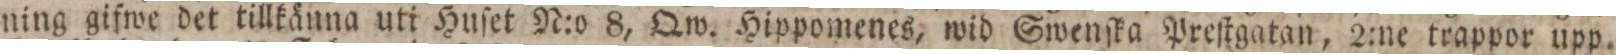
ning gifwe det tillkäuna uti Huſet N:o 8, Qw. Hippomenes, wid Swenſka Preſtgatan, 2:ne trappor upp.